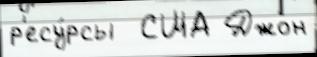
р'есу́рсы  США Джон